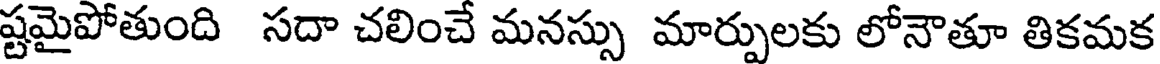
ష్టమైపోతుంది సదా చలించే మనస్సు మార్పులకు లోనౌతూ తికమక